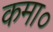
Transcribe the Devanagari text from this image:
कमा०